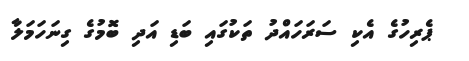
ޕެރިހުގެ އެކި ސަރަހައްދު ތަކުގައި ބަޑި އަދި ބޮމުގެ ގިނަހަމަލާ